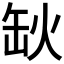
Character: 𦈦